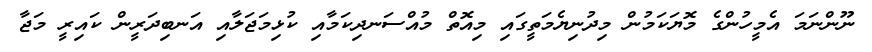
ނޫންނަމަ އެމީހުންގެ މޮޔަކަމުން މިދުނިޔެމަތީގައި މިއޮތް މުއްސަނދިކަމާއި ކުޅިމަޖަލާއި އަނބިދަރީން ކައިރީ މަޖާ